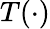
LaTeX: T(\cdot)